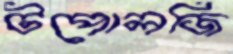
টপোলজি